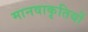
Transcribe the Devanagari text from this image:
मानवाकृतियों